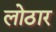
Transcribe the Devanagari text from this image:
लोठार